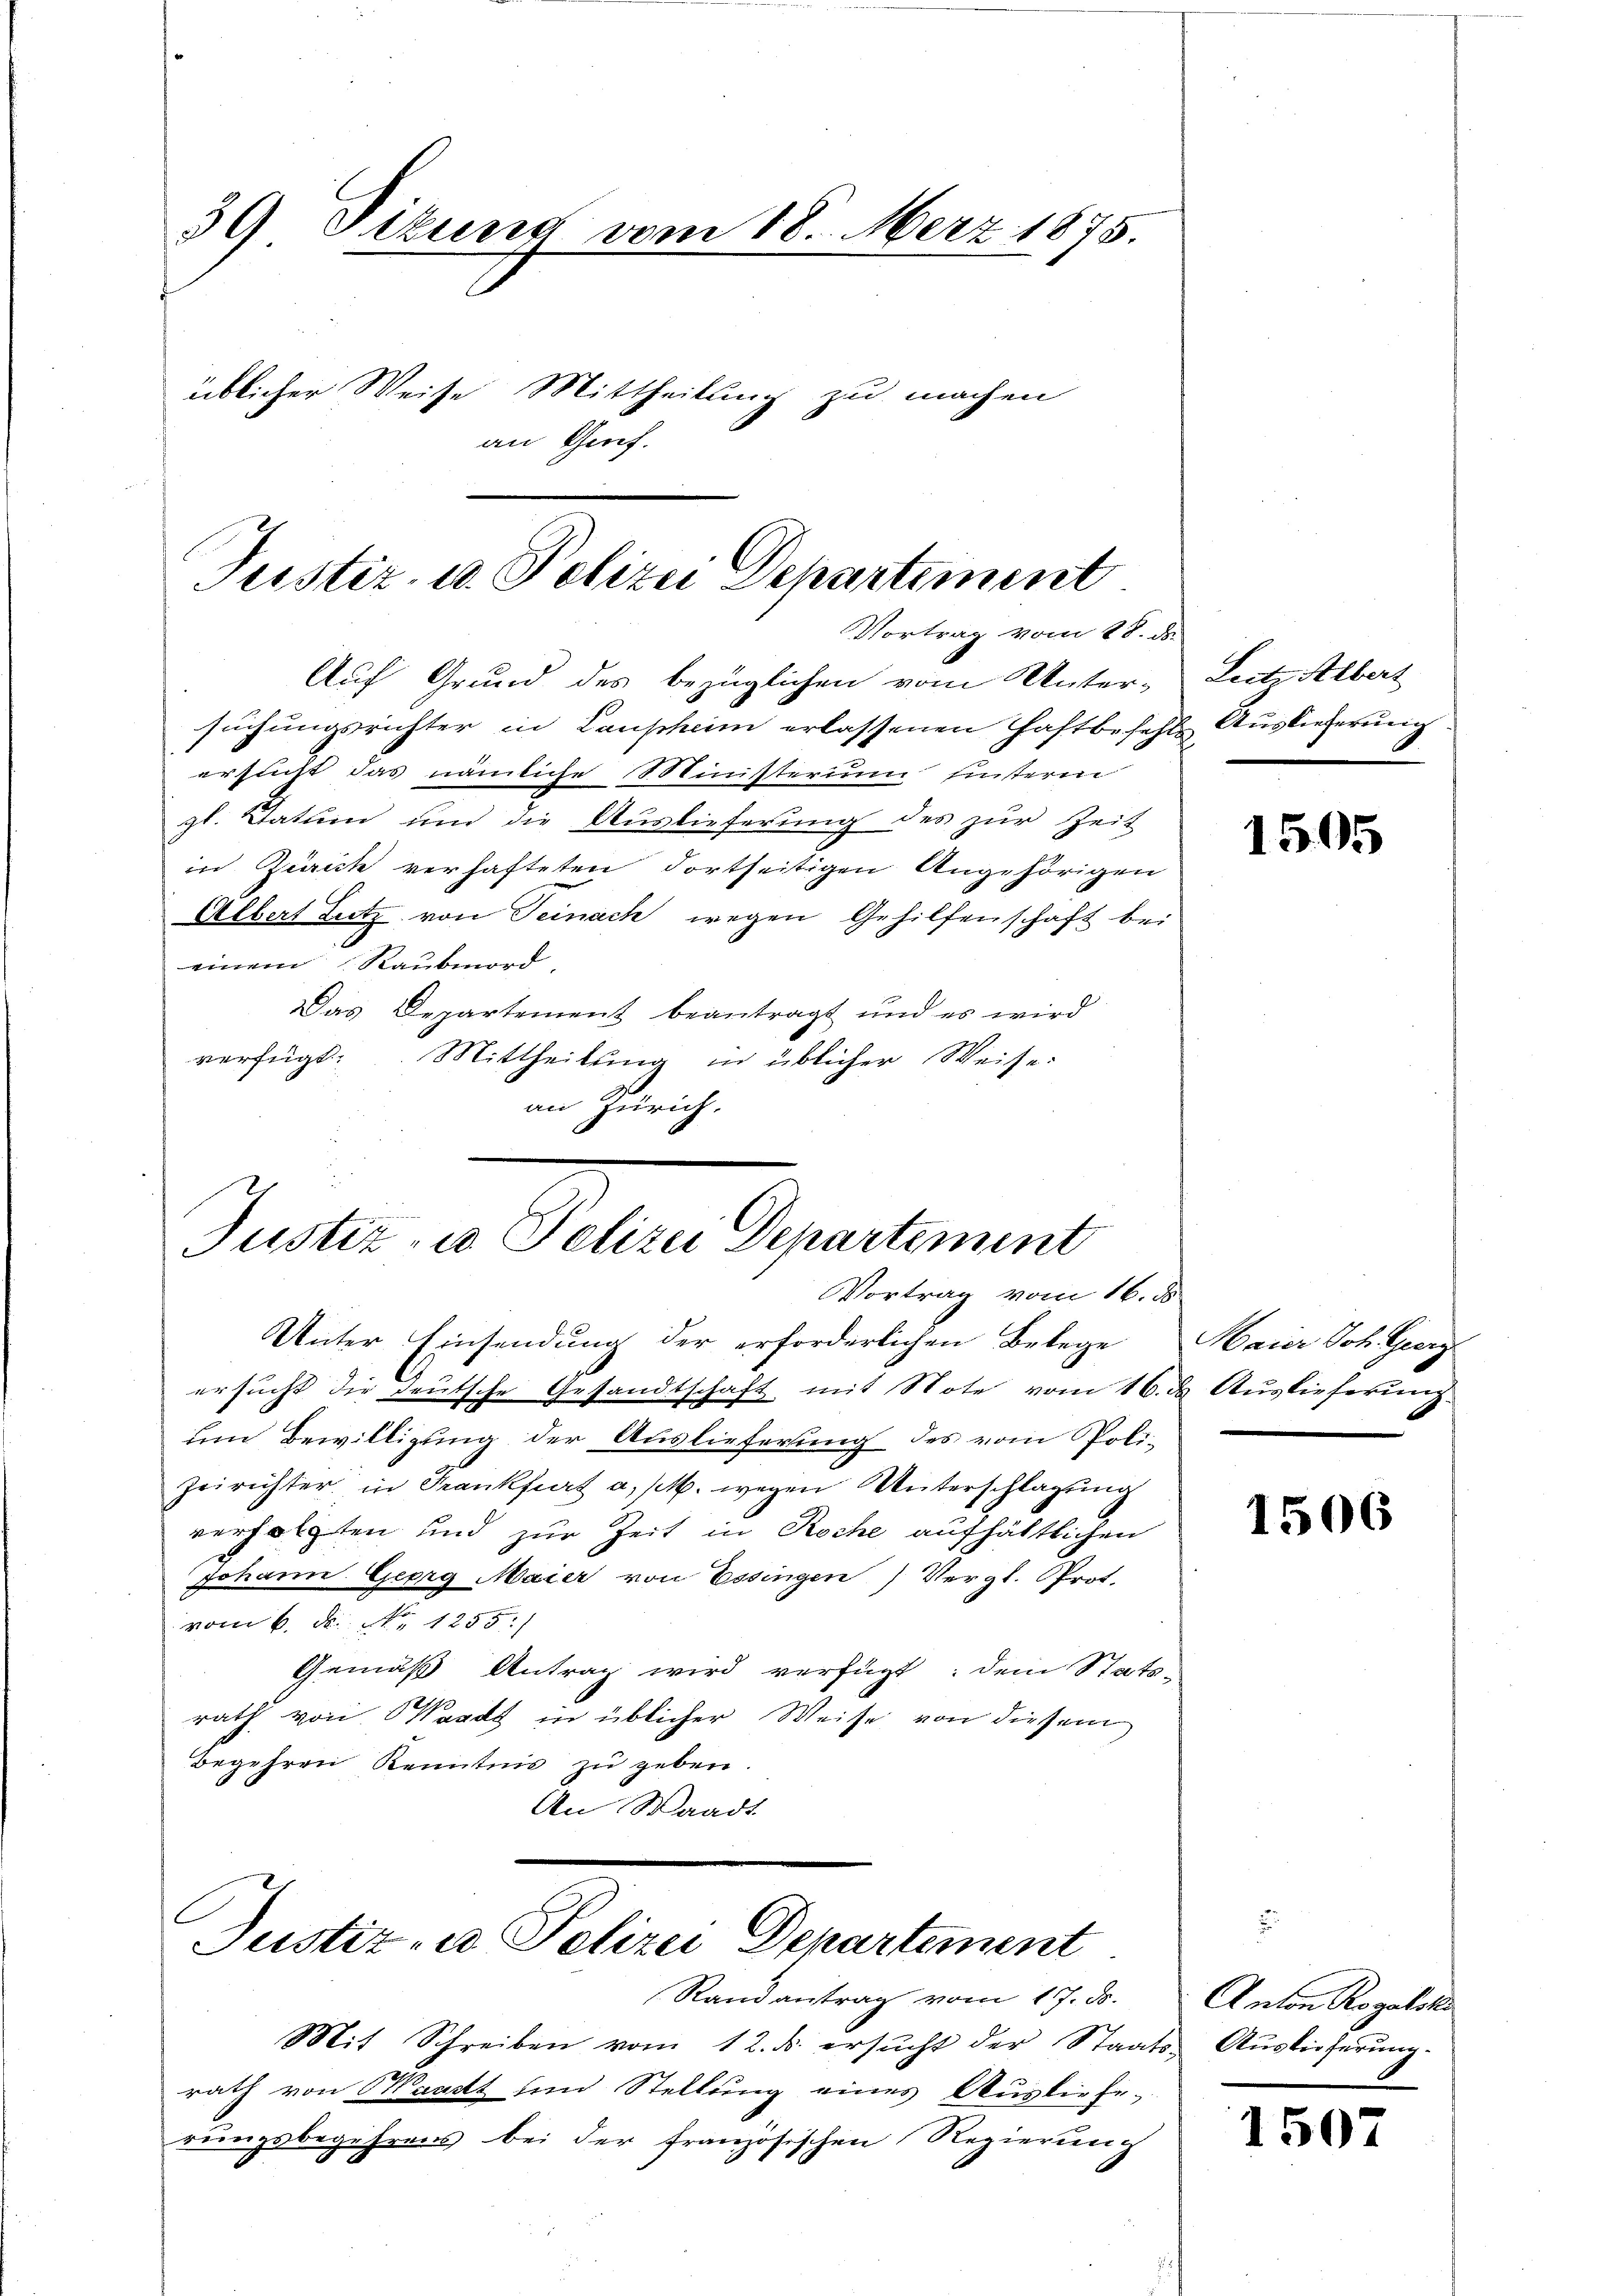
39 Sizung vom 18. Merz 1875.
üblicher Weise Mittheilung zu machen
an Grof.

Justiz- u. Polizei Departement
Vortrag vom 18. ds.

Auf Grund des bezüglichen vom Unter-
suchungsrichter in Laupheim erlassenen Haftbefehle Auslieferung
ersucht das nämliche 18 Stinisterium einsterm
zl. Datum und die Auslieferung des zur Zeit
in Zürich verhafteten Fortseitigen Angehörigen
Albert Lutz von Teinach wegen Gehilfenschaft bei
einem Raubmord,
Das Departement beantragt und es wird
verfügt: Mittheilung in üblicher Weise:
an Zürich.

Justiz- u. Polizei Departement
Vortrag vom 16. ds

Unter Einsendung der erforderlichen Belege
ersucht die deutsche Gesandtschaft mit Note vom 16. ds Auslieferung
um Bewilligung der Auslieferung des vom Poli-
Zeirichter in Frankfurt a/M. wegen Unterschlagung
verfolgten und zur Zeit in Roche aufhältlichen
Johann Georg Maier von Essingen) Vergl. Prot.
vom 6. N. N. 1255)
Gemäß Antrag wird verfügt: dem Stats-
rath von Waadt in üblicher Weise von diesem
Begehren Kenntnis zu geben.
An Waadt
Justiz- u Polizei Departement
Randantrag vom 17. ds.
Mit Schreiben vom 12. ds. ersŭcht der Staats- Auslieferŭng.
rath von Waadt sind Stellung eines Ausliefe-
rungsbegehrens bei der französischen Regierung

Lecte Albert

1505

Maier Joh. Georg

1506

Anton Rogatsk

1507